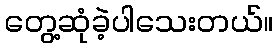
တွေ့ဆုံခဲ့ပါသေးတယ်။